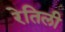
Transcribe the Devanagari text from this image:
रेतिली